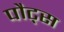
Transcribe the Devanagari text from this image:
पौट्स